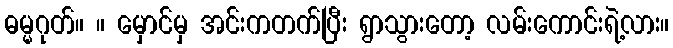
ဓမ္မဂုတ်။ ။ မှောင်မှ အင်းကတက်ပြီး ရွာသွားတော့ လမ်းကောင်းရဲ့လား။